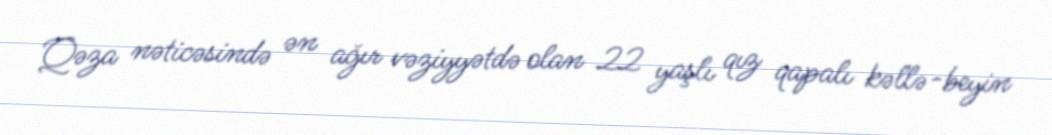
Qəza nəticəsində ən ağır vəziyyətdə olan 22 yaşlı qız qapalı kəllə-beyin